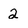
Character: 2